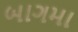
બાગમા